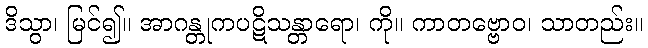
ဒိသွာ၊ မြင်၍။ အာဂန္တုကပဋိသန္တာရော၊ ကို။ ကာတဗ္ဗောဝ၊ သာတည်း။